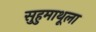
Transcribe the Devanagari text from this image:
सुहुमाथूला